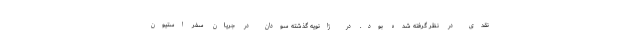
نقدی در نظر گرفته شده بود. در ژانویه گذشته سودان در جریان سفر استیون